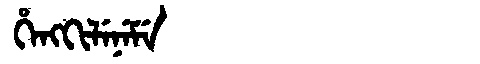
Manchu: ᡥᡝᠩᡴᡳᠯᡝᠨᡝᠮᡝ
Romanization: HENGKILENEME